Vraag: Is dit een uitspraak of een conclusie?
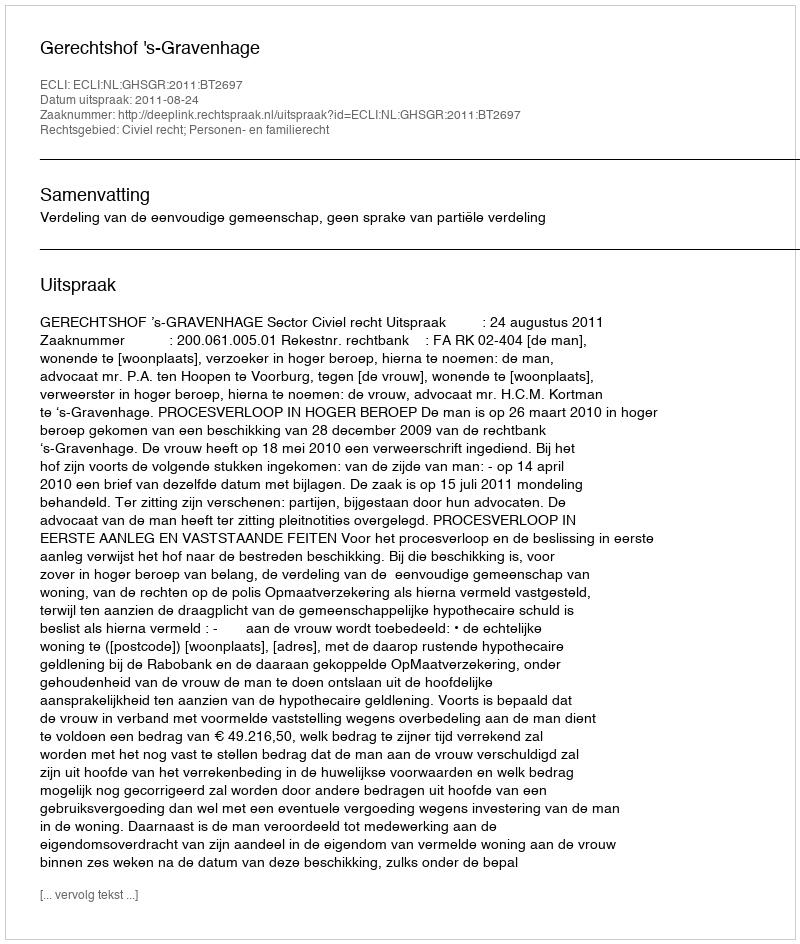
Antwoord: Uitspraak